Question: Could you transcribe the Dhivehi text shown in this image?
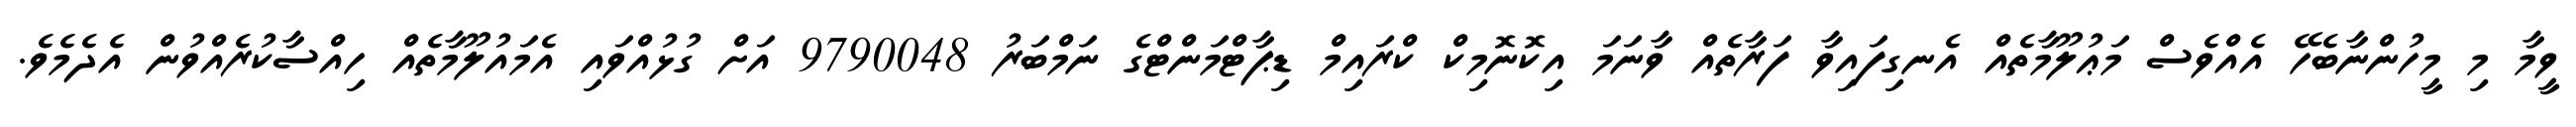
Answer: ވީމާ މި މީހުންނާބެހޭ އެއްވެސް މަޢުލޫމާތެއް އެނގިފައިވާ ފަރާތެއް ވާނަމަ އިކޮނޮމިކް ކްރައިމް ޑިޕާޓްމަންޓްގެ ނަމްބަރު 9790048 އަށް ގުޅުއްވައި އެމައުލޫމާތެއް ހިއްސާކުރެއްވުން އެދެމެވެ.